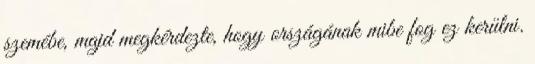
szemébe, majd megkérdezte, hogy országának mibe fog ez kerülni.